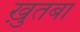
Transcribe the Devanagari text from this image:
ख़ुतबा